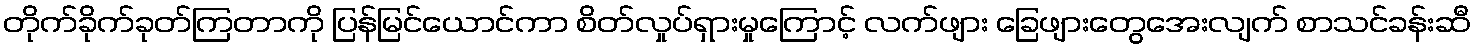
တိုက်ခိုက်ခုတ်ကြတာကို ပြန်မြင်ယောင်ကာ စိတ်လှုပ်ရှားမှုကြောင့် လက်ဖျား ခြေဖျားတွေအေးလျက် စာသင်ခန်းဆီ